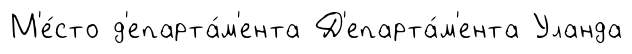
М'е́сто д'епарта́м'ента Д'епарта́м'ента Уланда